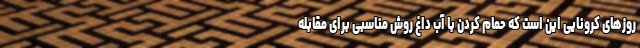
روزهای کرونایی این است که حمام کردن با آب داغ روش مناسبی برای مقابله